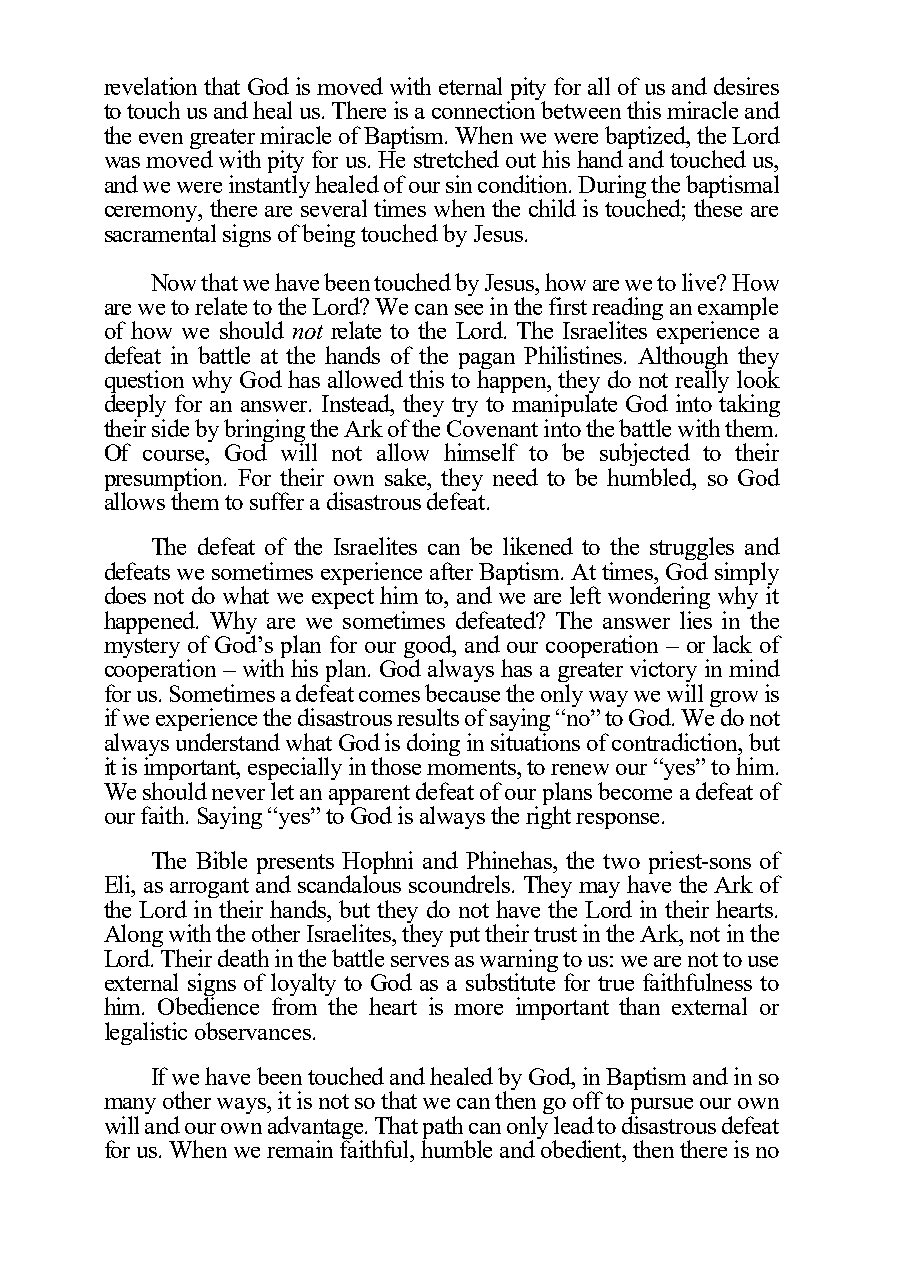
revelation that God is moved with eternal pity for all of us and desires
 to touch us and heal us. There is a connection between this miracle and
 the even greater miracle of Baptism. When we were baptized, the Lord
 was moved with pity for us. He stretched out his hand and touched us,
 and we were instantly healed of our sin condition. During the baptismal
 ceremony, there are several times when the child is touched; these are
 sacramental signs of being touched by Jesus.
 Now that we have been touched by Jesus, how are we to live? How
 are we to relate to the Lord? We can see in the first reading an example
 of how we should not relate to the Lord. The Israelites experience a
 defeat in battle at the hands of the pagan Philistines. Although they
 question why God has allowed this to happen, they do not really look
 deeply for an answer. Instead, they try to manipulate God into taking
 their side by bringing the Ark of the Covenant into the battle with them.
 Of course, God will not allow himself to be subjected to their
 presumption. For their own sake, they need to be humbled, so God
 allows them to suffer a disastrous defeat.
 The defeat of the Israelites can be likened to the struggles and
 defeats we sometimes experience after Baptism. At times, God simply
 does not do what we expect him to, and we are left wondering why it
 happened. Why are we sometimes defeated? The answer lies in the
 mystery of God’s plan for our good, and our cooperation – or lack of
 cooperation – with his plan. God always has a greater victory in mind
 for us. Sometimes a defeat comes because the only way we will grow is
 if we experience the disastrous results of saying “no” to God. We do not
 always understand what God is doing in situations of contradiction, but
 it is important, especially in those moments, to renew our “yes” to him.
 We should never let an apparent defeat of our plans become a defeat of
 our faith. Saying “yes” to God is always the right response.
 The Bible presents Hophni and Phinehas, the two priest-sons of
 Eli, as arrogant and scandalous scoundrels. They may have the Ark of
 the Lord in their hands, but they do not have the Lord in their hearts.
 Along with the other Israelites, they put their trust in the Ark, not in the
 Lord. Their death in the battle serves as warning to us: we are not to use
 external signs of loyalty to God as a substitute for true faithfulness to
 him. Obedience from the heart is more important than external or
 legalistic observances.
 If we have been touched and healed by God, in Baptism and in so
 many other ways, it is not so that we can then go off to pursue our own
 will and our own advantage. That path can only lead to disastrous defeat
 for us. When we remain faithful, humble and obedient, then there is no